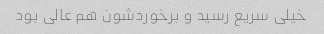
خیلی سریع رسید و برخوردشون هم عالی بود